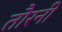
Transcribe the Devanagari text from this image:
तौरनी